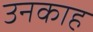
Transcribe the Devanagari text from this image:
उनकाह